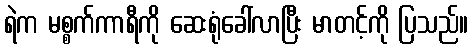
ရဲက မစ္စက်ကာရီကို ဆေးရုံခေါ်လာပြီး မာတင့်ကို ပြသည်။